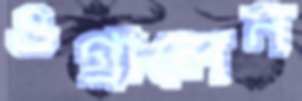
ওগ্‌রালেন